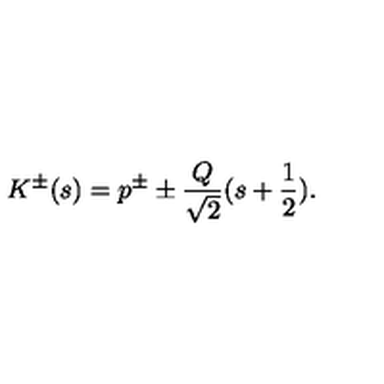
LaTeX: K ^ { \pm } ( s ) = p ^ { \pm } \pm \frac { Q } { \sqrt { 2 } } ( s + \frac { 1 } { 2 } ) .